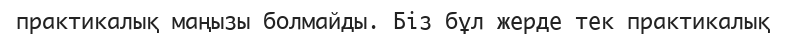
практикалық маңызы болмайды. Біз бұл жерде тек практикалық